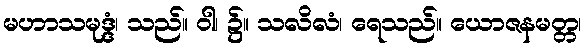
မဟာသမုဒ္ဒံ၊ သည်။ ဝါ၊ ၌။ သလိလံ၊ ရေသည်။ ယောဇနမတ္တ၊